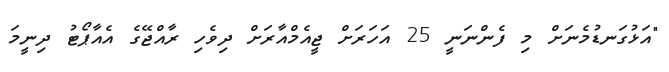
"އަޅުގަނޑުމެނަށް މި ފެންނަނީ 25 އަހަރަށް ޖީއެމްއާރަށް ދިވެހި ރާއްޖޭގެ އެއާޕޯޓު ދިނީމަ